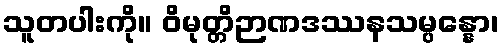
သူတပါးကို။ ဝိမုတ္တိဉာဏဒဿနသမ္ပန္နော၊